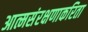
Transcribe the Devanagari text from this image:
आत्मसंरक्षणाकरिता